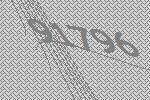
91796